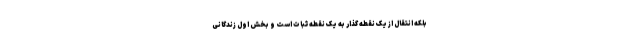
بلکه انتقال از یک نقطه گذار به یک نقطه ثبات است و بخش اول زندگانی